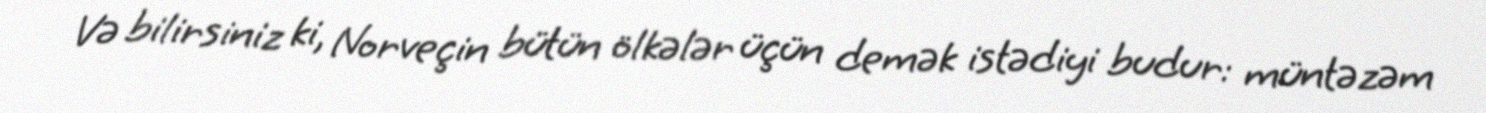
Və bilirsiniz ki, Norveçin bütün ölkələr üçün demək istədiyi budur: müntəzəm